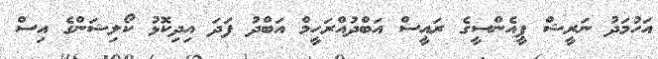
އަހުމަދު ނަރީޝް ޕީއެންސީގެ ރައީސް އަބްދުއްރަހީމް އަބްދު ފަދަ އިދިކޮޅު ކޯލިޝަންގެ އިސް